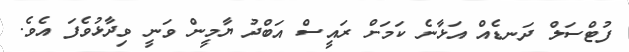
ފުޓްސަލް ދަނޑެއް އަޅާނެ ކަމަށް ރައީސް އަބްދު ޔާމީން ވަނީ ވިދާޅުވެފަ އެވެ.